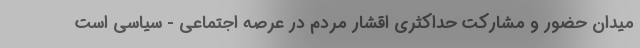
میدان حضور و مشارکت حداکثری اقشار مردم در عرصه اجتماعی - سیاسی است